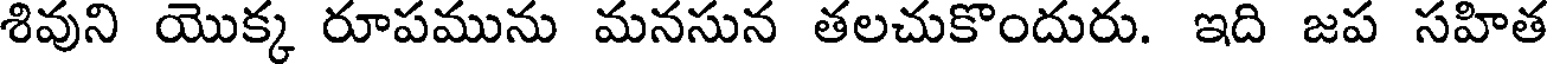
శివుని యొక్క రూపమును మనసున తలచుకొందురు. ఇది జప సహిత